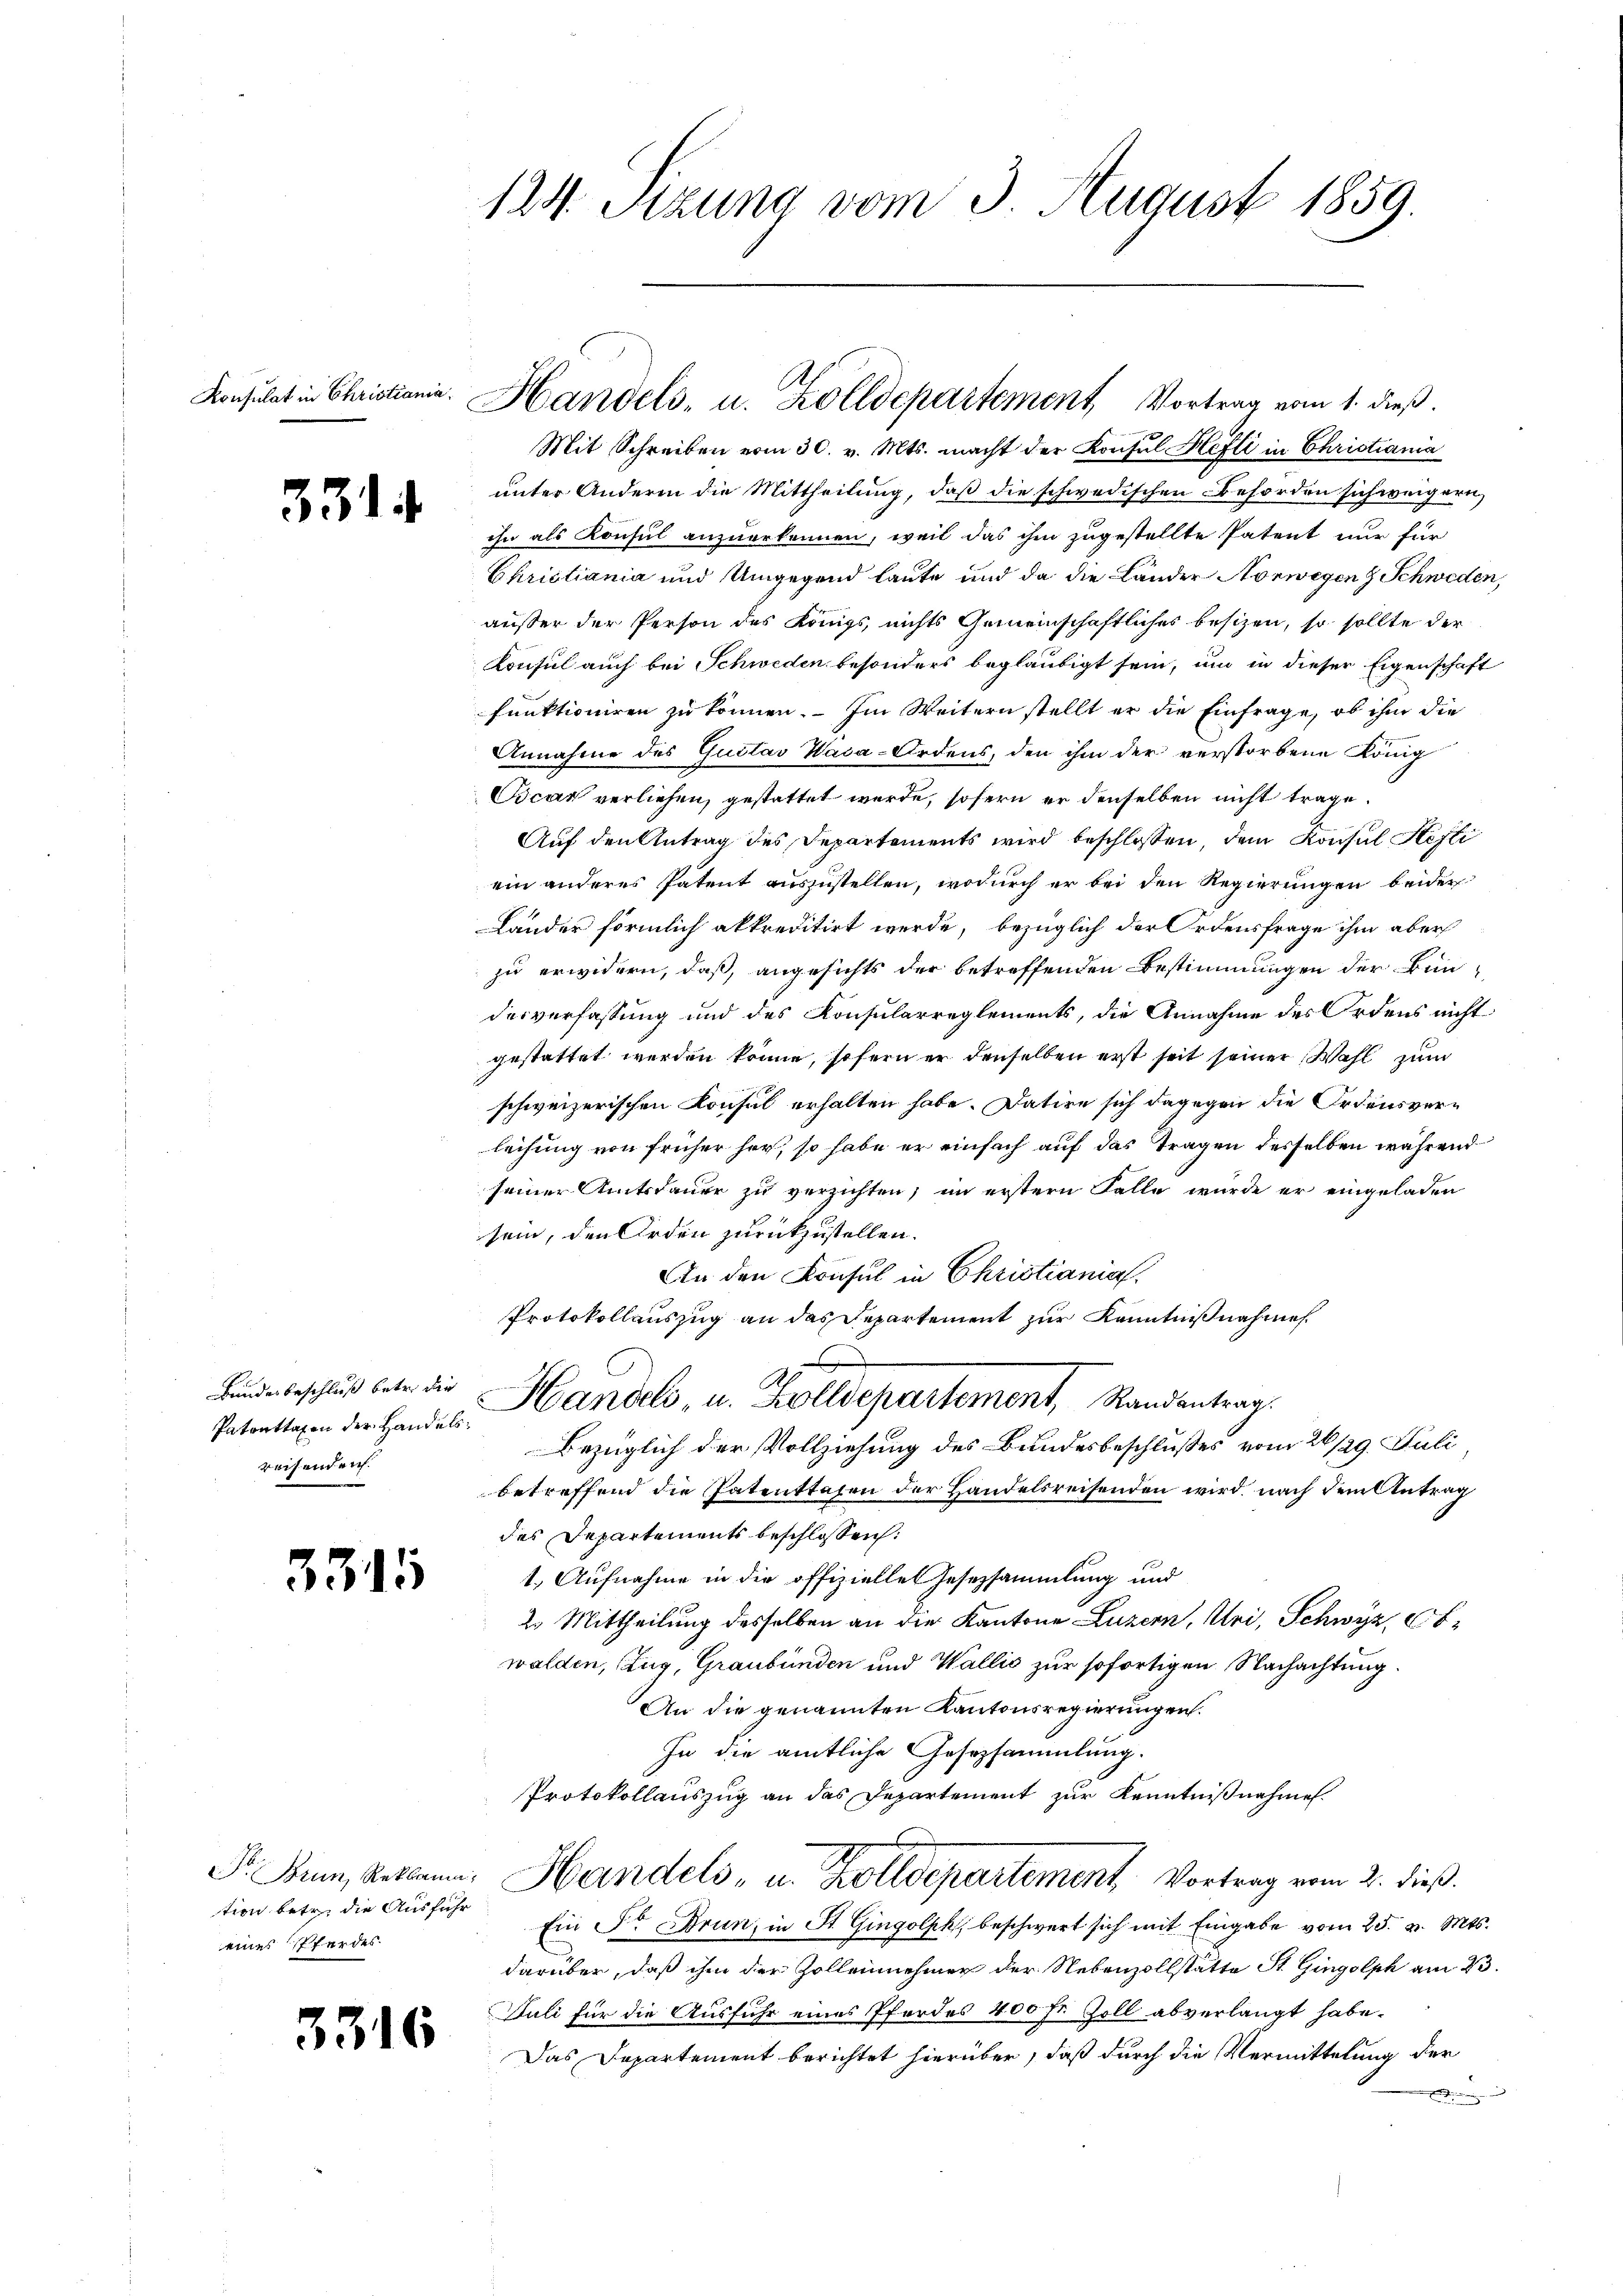
Konsulat in Christiania.

331

Bundesbeschluß betr. die
Patonttaxen der Handelsreisend auf.

334

tion betr. die Ausführ
eines Pferdes

3316

124. Sitzung vom 3. August 1859.

Mit Schreiben vom 30. v. Mts. macht der Konsul Hefti in Christiania
unter Andern die Mittheilung, daß die schwedischen Behörden sich weigern,
ihn als Konsul anzuerkennen, weil das ihm zugestellte Patent nur für
Ehristiania und Umgegend laute und da die Länder Norwegen & Schweden,
außer der Person des Königs, nichts Gemeinschaftliches besizen, so sollte der
Konsul auch bei Schweden besonders beglaubigt sein, um in dieser Eigenschaft
funktioniren zu können. Im Weitern stellt er die Einfrage, ob ihm die
Annahme des Gustav Wasa-Ordens, den ihm der verstorbene König
Vicar verliehen, gestattet werde, sofern er denselben nicht trage.
Auf den Antrag des Departements wird beschlossen, dem Konsul Stefli
ein anderes Patent auszustellen, wodurch er bei den Regierungen beider
Länder förmlich akkreditirt werde, bezüglich der Ordensfrage ihm aber
zu erwidern, daß, angesichts der betreffenden Bestimmungen der Bunderverfassung und des Konsularreglements, die Annahme des Ordens nicht
gestattet werden könne, sofern er denselben erst seit seiner Wahl zum
schweizerischen Konsul erhalten habe. Datire sich dagegen die Ordensverleihung von früher her, so habe er einfach auf das Tragen desselben während
seiner Amtsdauer zu verzichten; im erstern Falle wurde er eingeladen
sein, den Erden zurückzustellen.
An den Konsul in Christiania.
Protokollauszug an das Repartement zur Kenntnißnahme
I
Handels- u. Zolldepartement, Randantrag.
Bezüglich der Vollziehung des Bundesbeschlusses vom 26/29. Juli
betreffend die Patenttagen der Handelsreisenden wird, nach dem Antrag
des Departements beschlossen:
1. Aufnahme in die offizielles Gesezsammlung und
2. Mittheilung desselben an die Kantone Luzern, Uri, Schwyz, bwalden, Zug, Graubünden und Wallis zur sofortigen Nachachtung.
An die genannten Kantonsregierungen.
In die amtliche Gesetzsammlung.
Protokollauszug an das Departement zur Kenntnißnahmen.
F. Rum, Bekann, Handels- u. Zolldepartement. Vortrag vom 2. dieß.
Ein Fr. Brun, in St. Gingolph, beschwert sich mit Eingabe vom 25. v. Mts.
darüber, daß ihm der Zollennehmer der Nebenzollstätte St. Gingolph am 23.
Juli für die Ausfuhr eines Pferdes 400 fr. Zoll abverlangt habe.
Das Departement berichtet hierüber, daß durch die Vermittelung der
i

A
Handels- u. Zolldepartement Vortrag vom 1. dieß.